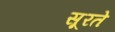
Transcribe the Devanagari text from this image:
सूरते